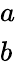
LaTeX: \begin{array}{l}{a}\\ {b}\end{array}